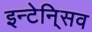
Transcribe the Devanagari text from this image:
इन्टेनि्सव